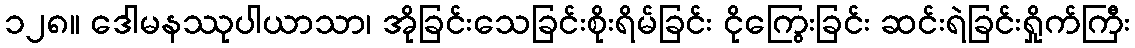
၁၂၈။ ဒေါမနဿုပါယာသာ၊ အိုခြင်းသေခြင်းစိုးရိမ်ခြင်း ငိုကြွေးခြင်း ဆင်းရဲခြင်းရှိုက်ကြီး